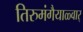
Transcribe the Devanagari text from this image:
तिरुमंगैयाळ्वार्